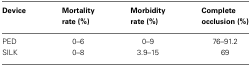
<table><thead><tr><td><b>Device</b></td><td><b>Mortality rate (%)</b></td><td><b>Morbidity rate (%)</b></td><td><b>Complete occlusion (%)</b></td></tr></thead><tbody><tr><td>PED</td><td>0–6</td><td>0–9</td><td>76–91.2</td></tr><tr><td>SILK</td><td>0–8</td><td>3.9–15</td><td>69</td></tr></tbody></table>